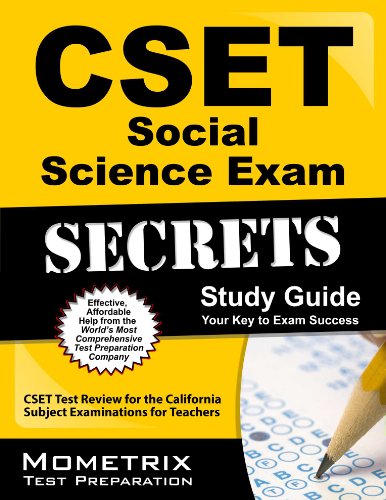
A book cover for CSET Social Science Exam Secrets Study Guide: CSET Test Review for the California Subject Examinations for Teachers (Mometrix Secrets Study Guides); CSET Exam Secrets Test Prep Team; Test Preparation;